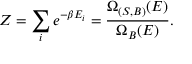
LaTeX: Z = \sum _ { i } e ^ { - \beta E _ { i } } = { \frac { \Omega _ { ( S , B ) } ( E ) } { \Omega _ { B } ( E ) } } .